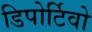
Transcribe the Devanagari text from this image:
डिपोर्टिवो